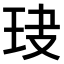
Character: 𤤏